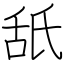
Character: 舐